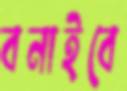
বনাইবে